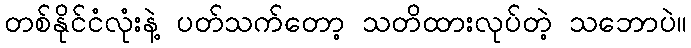
တစ်နိုင်ငံလုံးနဲ့ ပတ်သက်တော့ သတိထားလုပ်တဲ့ သဘောပဲ။